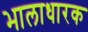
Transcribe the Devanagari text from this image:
भालाधारक